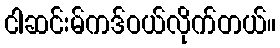
ငါဆင်းမ်ကဒ်ဝယ်လိုက်တယ်။